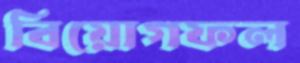
বিয়োগফল